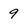
Character: 9